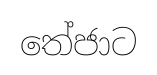
තේජාට